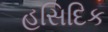
હસિદિક